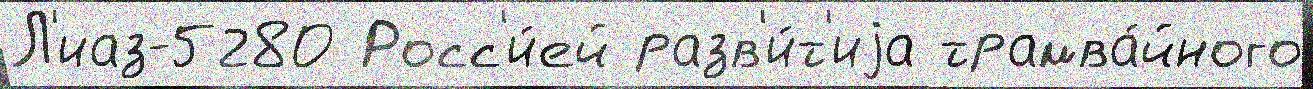
Л'иаз-5280 Росс'и́ей разв'и́т'иjа трамва́йного